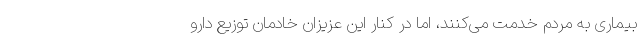
بیماری به مردم خدمت می‌کنند، اما در کنار این عزیزان خادمان توزیع دارو